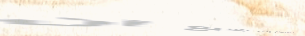
توصيل طلباتكم إلى جميع أن